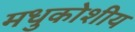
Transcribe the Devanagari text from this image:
मधुकोशीय